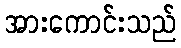
အားကောင်းသည်